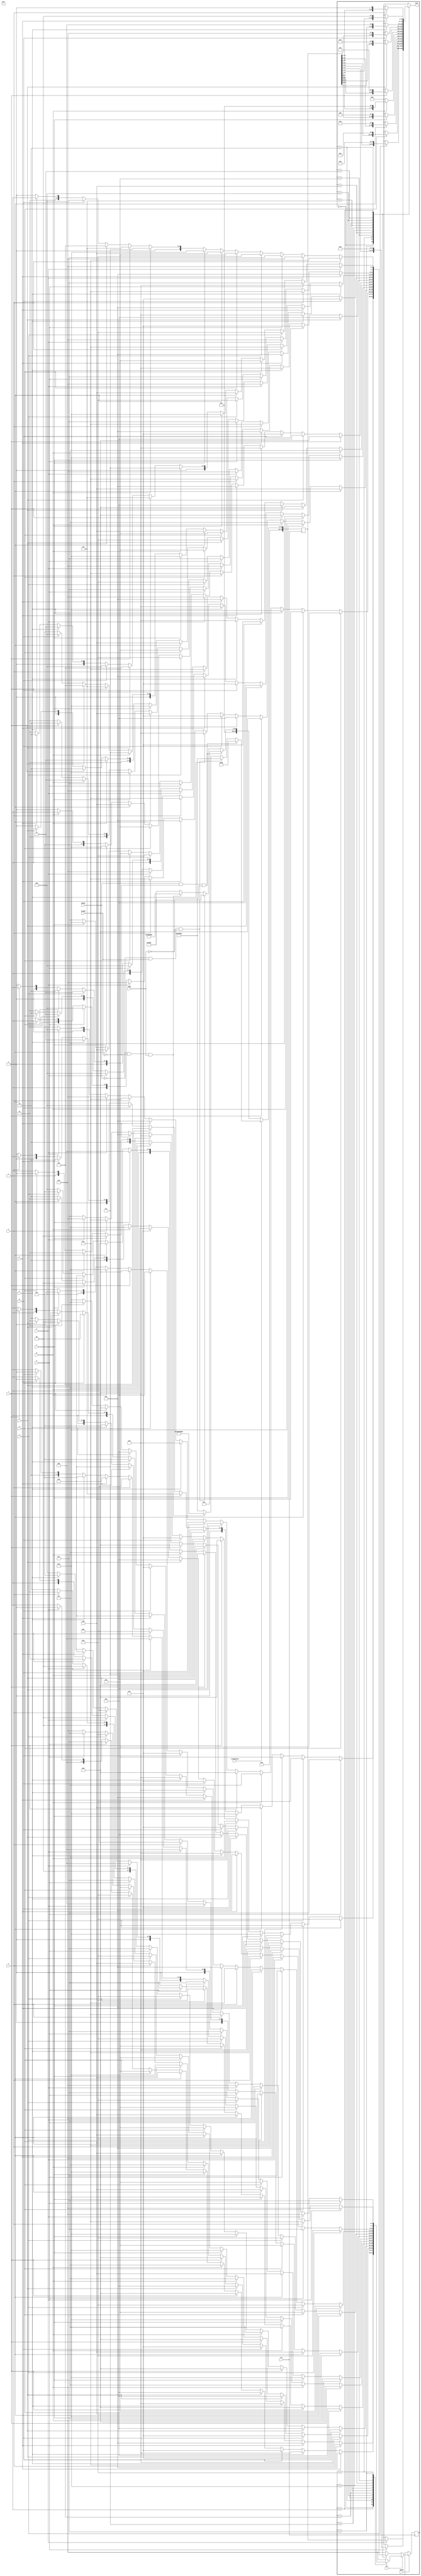
module KeyBoardInputToTone(a,s,d,f,g,h,j,k, w,e,t,y,u, clk, speed, tone, just, dir , bawah, tengah, high, transposed); 
    input a,s,d,f,g,h,j,k, w,e,t,y,u, dir, transposed;
    input clk, speed, bawah, tengah, high;
    output reg [13-1:0] just;
    // reg a_on, s_on, a_on, s_on, a_on, s_on, a_on, s_on, a_on, s_on, a_on, s_on, a_on, s_on,
    output reg [47-1:0] tone;

    reg [47-1:0] C4;
    
    parameter base_bawah = 46'b000_000_0000_0000_0000_0000_0000_0000_0000_0000_0000_0001;
    parameter base_tengah = 46'b000_000_0000_0000_0000_0000_0000_0000_0010_0000_0000_0000;
    parameter base_atas = 46'b000_000_0000_0000_0000_0010_0000_0000_0000_0000_0000_0000;

    parameter base_bawah_G = 46'b000_000_0000_0000_0000_0000_0000_0000_0000_0000_1000_0000;
    parameter base_tengah_G = 46'b000_000_0000_0000_0000_0000_0001_0000_0000_0000_0000_0000;
    parameter base_atas_G = 46'b000_000_0000_0001_0000_0000_0000_0000_0000_0000_0000_0000;
    
    parameter NoTone= 46'b000_000_0000_0000_0000_0000_0000_0000_0000_0000_0000_0000;

    always@(posedge clk)begin
        if(transposed) begin
            if(bawah && !tengah && !high) C4 <= base_bawah_G;
            else if(!bawah && tengah && !high) C4 <= base_tengah_G;
            else if(!bawah && !tengah && high) C4 <= base_atas_G;
            else C4 <= base_tengah_G;
        end else begin
            if(bawah && !tengah && !high) C4 <= base_bawah;
            else if(!bawah && tengah && !high) C4 <= base_tengah;
            else if(!bawah && !tengah && high) C4 <= base_atas;
            else C4 <= base_tengah;
        end
    end
    
    reg [4-1:0] state, nextstate;
    always@(posedge clk) begin
        if(speed) begin state <= nextstate; end
        else begin state <= state; end
    end
    //a,s,d,f,g,h,j,k, w,e,t,y,u
    //a,w,s,e,d,f,t,g,y,h,u,j,k
    parameter press_a = 4'd0; parameter press_f = 4'd5; parameter press_u = 4'd10;
    parameter press_w = 4'd1; parameter press_t = 4'd6; parameter press_j = 4'd11;
    parameter press_s = 4'd2; parameter press_g = 4'd7; parameter press_k = 4'd12;
    parameter press_e = 4'd3; parameter press_y = 4'd8;
    parameter press_d = 4'd4; parameter press_h = 4'd9;
    //a,w,s,e,d,f,t,g,y,h,u,j,k

    always@(*) begin
        if(dir) begin
            case (state)
                press_a : begin
                    if(a) tone = C4; else tone = NoTone;
                    if (w) begin
                        nextstate = press_w;
                    end else if (s) begin
                        nextstate = press_s;
                    end else if (e) begin
                        nextstate = press_e;
                    end else if (d) begin
                        nextstate = press_d;
                    end else if (f) begin
                        nextstate = press_f;
                    end else if (t) begin
                        nextstate = press_t;
                    end else if (g) begin
                        nextstate = press_g;
                    end else if (y) begin
                        nextstate = press_y;
                    end else if (h) begin
                        nextstate = press_h;
                    end else if (u) begin
                        nextstate = press_u;
                    end else if (j) begin
                        nextstate = press_j;
                    end else if (k) begin
                        nextstate = press_k;
                    end else nextstate = press_a;  
                end
                //a,w,s,e,d,f,t,g,y,h,u,j,k
                press_w : begin
                    if(w) tone = C4<<1; else tone = NoTone;
                    if (s) begin
                        nextstate = press_s;
                    end else if (e) begin
                        nextstate = press_e;
                    end else if (d) begin
                        nextstate = press_d;
                    end else if (f) begin
                        nextstate = press_f;
                    end else if (t) begin
                        nextstate = press_t;
                    end else if (g) begin
                        nextstate = press_g;
                    end else if (y) begin
                        nextstate = press_y;
                    end else if (h) begin
                        nextstate = press_h;
                    end else if (u) begin
                        nextstate = press_u;
                    end else if (j) begin
                        nextstate = press_j;
                    end else if (k) begin
                        nextstate = press_k;
                    end else if (a) begin
                        nextstate = press_a;
                    end else nextstate = press_w;  
                end
                //a,w,s,e,d,f,t,g,y,h,u,j,k
                press_s : begin
                    if(s) tone = C4<<2; else tone = NoTone;
                    if (e) begin
                        nextstate = press_e;
                    end else if (d) begin
                        nextstate = press_d;
                    end else if (f) begin
                        nextstate = press_f;
                    end else if (t) begin
                        nextstate = press_t;
                    end else if (g) begin
                        nextstate = press_g;
                    end else if (y) begin
                        nextstate = press_y;
                    end else if (h) begin
                        nextstate = press_h;
                    end else if (u) begin
                        nextstate = press_u;
                    end else if (j) begin
                        nextstate = press_j;
                    end else if (k) begin
                        nextstate = press_k;
                    end else if (a) begin
                        nextstate = press_a;
                    end else if (w) begin
                        nextstate = press_w;
                    end else nextstate = press_s;  
                end
                //a,w,s,e,d,f,t,g,y,h,u,j,k
                press_e : begin
                    if(e) tone = C4<<3; else tone = NoTone;
                    if (d) begin
                        nextstate = press_d;
                    end else if (f) begin
                        nextstate = press_f;
                    end else if (t) begin
                        nextstate = press_t;
                    end else if (g) begin
                        nextstate = press_g;
                    end else if (y) begin
                        nextstate = press_y;
                    end else if (h) begin
                        nextstate = press_h;
                    end else if (u) begin
                        nextstate = press_u;
                    end else if (j) begin
                        nextstate = press_j;
                    end else if (k) begin
                        nextstate = press_k;
                    end else if (a) begin
                        nextstate = press_a;
                    end else if (w) begin
                        nextstate = press_w;
                    end else if (s) begin
                        nextstate = press_s;
                    end else nextstate = press_e;  
                end

                //a,w,s,e,d,f,t,g,y,h,u,j,k
                press_d : begin
                    if(d) tone = C4<<4; else tone = NoTone;
                    if (f) begin
                        nextstate = press_f;
                    end else if (t) begin
                        nextstate = press_t;
                    end else if (g) begin
                        nextstate = press_g;
                    end else if (y) begin
                        nextstate = press_y;
                    end else if (h) begin
                        nextstate = press_h;
                    end else if (u) begin
                        nextstate = press_u;
                    end else if (j) begin
                        nextstate = press_j;
                    end else if (k) begin
                        nextstate = press_k;
                    end else if (a) begin
                        nextstate = press_a;
                    end else if (w) begin
                        nextstate = press_w;
                    end else if (s) begin
                        nextstate = press_s;
                    end else if (e) begin
                        nextstate = press_e;
                    end else nextstate = press_d;  
                end
                
                //a,w,s,e,d,f,t,g,y,h,u,j,k
                press_f : begin
                    if(f) tone = C4<<5; else tone = NoTone;
                    if (t) begin
                        nextstate = press_t;
                    end else if (g) begin
                        nextstate = press_g;
                    end else if (y) begin
                        nextstate = press_y;
                    end else if (h) begin
                        nextstate = press_h;
                    end else if (u) begin
                        nextstate = press_u;
                    end else if (j) begin
                        nextstate = press_j;
                    end else if (k) begin
                        nextstate = press_k;
                    end else if (a) begin
                        nextstate = press_a;
                    end else if (w) begin
                        nextstate = press_w;
                    end else if (s) begin
                        nextstate = press_s;
                    end else if (e) begin
                        nextstate = press_e;
                    end else if (d) begin
                        nextstate = press_d;
                    end else nextstate = press_f;  
                end
                //a,w,s,e,d,f,t,g,y,h,u,j,k
                press_t : begin
                    if(t) tone = C4<<6; else tone = NoTone;
                    if (g) begin
                        nextstate = press_g;
                    end else if (y) begin
                        nextstate = press_y;
                    end else if (h) begin
                        nextstate = press_h;
                    end else if (u) begin
                        nextstate = press_u;
                    end else if (j) begin
                        nextstate = press_j;
                    end else if (k) begin
                        nextstate = press_k;
                    end else if (a) begin
                        nextstate = press_a;
                    end else if (w) begin
                        nextstate = press_w;
                    end else if (s) begin
                        nextstate = press_s;
                    end else if (e) begin
                        nextstate = press_e;
                    end else if (d) begin
                        nextstate = press_d;
                    end else if (f) begin
                        nextstate = press_f;
                    end else nextstate = press_t;
                end
                //a,w,s,e,d,f,t,g,y,h,u,j,k
                press_g : begin
                    if(g) tone = C4<<7; else tone = NoTone;
                    if (y) begin
                        nextstate = press_y;
                    end else if (h) begin
                        nextstate = press_h;
                    end else if (u) begin
                        nextstate = press_u;
                    end else if (j) begin
                        nextstate = press_j;
                    end else if (k) begin
                        nextstate = press_k;
                    end else if (a) begin
                        nextstate = press_a;
                    end else if (w) begin
                        nextstate = press_w;
                    end else if (s) begin
                        nextstate = press_s;
                    end else if (e) begin
                        nextstate = press_e;
                    end else if (d) begin
                        nextstate = press_d;
                    end else if (f) begin
                        nextstate = press_f;
                    end else if (t) begin 
                        nextstate = press_t;
                    end else nextstate = press_g;
                end

                //a,w,s,e,d,f,t,g,y,h,u,j,k
                press_y : begin
                    if(y) tone = C4<<8; else tone = NoTone;
                    if (h) begin
                        nextstate = press_h;
                    end else if (u) begin
                        nextstate = press_u;
                    end else if (j) begin
                        nextstate = press_j;
                    end else if (k) begin
                        nextstate = press_k;
                    end else if (a) begin
                        nextstate = press_a;
                    end else if (w) begin
                        nextstate = press_w;
                    end else if (s) begin
                        nextstate = press_s;
                    end else if (e) begin
                        nextstate = press_e;
                    end else if (d) begin
                        nextstate = press_d;
                    end else if (f) begin
                        nextstate = press_f;
                    end else if (t) begin 
                        nextstate = press_t;
                    end else if (g) begin
                        nextstate = press_g;
                    end else nextstate = press_y; 
                end
                //a,w,s,e,d,f,t,g,y,h,u,j,k
                press_h : begin
                    if(h) tone = C4<<9; else tone = NoTone;
                    if (u) begin
                        nextstate = press_u;
                    end else if (j) begin
                        nextstate = press_j;
                    end else if (k) begin
                        nextstate = press_k;
                    end else if (a) begin
                        nextstate = press_a;
                    end else if (w) begin
                        nextstate = press_w;
                    end else if (s) begin
                        nextstate = press_s;
                    end else if (e) begin
                        nextstate = press_e;
                    end else if (d) begin
                        nextstate = press_d;
                    end else if (f) begin
                        nextstate = press_f;
                    end else if (t) begin 
                        nextstate = press_t;
                    end else if (g) begin
                        nextstate = press_g;
                    end else if (y) begin 
                        nextstate = press_y;
                    end else nextstate = press_h; 
                end

                //a,w,s,e,d,f,t,g,y,h,u,j,k
                press_u : begin
                    if(u) tone = C4<<10; else tone = NoTone;
                    if (j) begin
                        nextstate = press_j;
                    end else if (k) begin
                        nextstate = press_k;
                    end else if (a) begin
                        nextstate = press_a;
                    end else if (w) begin
                        nextstate = press_w;
                    end else if (s) begin
                        nextstate = press_s;
                    end else if (e) begin
                        nextstate = press_e;
                    end else if (d) begin
                        nextstate = press_d;
                    end else if (f) begin
                        nextstate = press_f;
                    end else if (t) begin 
                        nextstate = press_t;
                    end else if (g) begin
                        nextstate = press_g;
                    end else if (y) begin 
                        nextstate = press_y;
                    end else if (h) begin
                        nextstate = press_h; 
                    end else nextstate = press_u;
                end

                //a,w,s,e,d,f,t,g,y,h,u,j,k
                press_j : begin
                    if(j) tone = C4<<11; else tone = NoTone;
                    if (k) begin
                        nextstate = press_k;
                    end else if (a) begin
                        nextstate = press_a;
                    end else if (w) begin
                        nextstate = press_w;
                    end else if (s) begin
                        nextstate = press_s;
                    end else if (e) begin
                        nextstate = press_e;
                    end else if (d) begin
                        nextstate = press_d;
                    end else if (f) begin
                        nextstate = press_f;
                    end else if (t) begin 
                        nextstate = press_t;
                    end else if (g) begin
                        nextstate = press_g;
                    end else if (y) begin 
                        nextstate = press_y;
                    end else if (h) begin
                        nextstate = press_h; 
                    end else if (u) begin
                        nextstate = press_u;
                    end else nextstate = press_j;
                end
                
                //a,w,s,e,d,f,t,g,y,h,u,j,k
                press_k : begin
                    if(k) tone = C4<<12; else tone = NoTone;
                    if (a) begin
                        nextstate = press_a;
                    end else if (w) begin
                        nextstate = press_w;
                    end else if (s) begin
                        nextstate = press_s;
                    end else if (e) begin
                        nextstate = press_e;
                    end else if (d) begin
                        nextstate = press_d;
                    end else if (f) begin
                        nextstate = press_f;
                    end else if (t) begin 
                        nextstate = press_t;
                    end else if (g) begin
                        nextstate = press_g;
                    end else if (y) begin 
                        nextstate = press_y;
                    end else if (h) begin
                        nextstate = press_h; 
                    end else if (u) begin
                        nextstate = press_u;
                    end else if (j) begin
                        nextstate = press_j;
                    end else nextstate = press_k;
                end
                default: begin
                    nextstate = press_a;
                    tone = NoTone;
                end
            endcase
        end else begin
            case(state)
                //a,w,s,e,d,f,t,g,y,h,u,j,k
                press_a : begin
                    if(a) tone = C4; else tone = NoTone;
                    //write it in reverse order
                    if (k) begin
                        nextstate = press_k;
                    end else if (j) begin
                        nextstate = press_j;
                    end else if (u) begin
                        nextstate = press_u;
                    end else if (h) begin
                        nextstate = press_h;
                    end else if (y) begin
                        nextstate = press_y;
                    end else if (g) begin
                        nextstate = press_g;
                    end else if (t) begin 
                        nextstate = press_t;
                    end else if (f) begin
                        nextstate = press_f;
                    end else if (d) begin
                        nextstate = press_d;
                    end else if (e) begin
                        nextstate = press_e;
                    end else if (s) begin
                        nextstate = press_s;
                    end else if (w) begin
                        nextstate = press_w;
                    end else nextstate = press_a;
                end
                //a,w,s,e,d,f,t,g,y,h,u,j,k
                press_k: begin
                    if(k) tone = C4 << 12; else tone = NoTone;
                    if (j) begin
                        nextstate = press_j;
                    end else if (u) begin
                        nextstate = press_u;
                    end else if (h) begin
                        nextstate = press_h;
                    end else if (y) begin
                        nextstate = press_y;
                    end else if (g) begin
                        nextstate = press_g;
                    end else if (t) begin 
                        nextstate = press_t;
                    end else if (f) begin
                        nextstate = press_f;
                    end else if (d) begin
                        nextstate = press_d;
                    end else if (e) begin
                        nextstate = press_e;
                    end else if (s) begin
                        nextstate = press_s;
                    end else if (w) begin
                        nextstate = press_w;
                    end else if (a) begin
                        nextstate = press_a;
                    end else nextstate = press_k;
                end

                //a,w,s,e,d,f,t,g,y,h,u,j,k
                press_j: begin
                    if(j) tone = C4 << 11; else tone = NoTone;
                    if (u) begin
                        nextstate = press_u;
                    end else if (h) begin
                        nextstate = press_h;
                    end else if (y) begin
                        nextstate = press_y;
                    end else if (g) begin
                        nextstate = press_g;
                    end else if (t) begin 
                        nextstate = press_t;
                    end else if (f) begin
                        nextstate = press_f;
                    end else if (d) begin
                        nextstate = press_d;
                    end else if (e) begin
                        nextstate = press_e;
                    end else if (s) begin
                        nextstate = press_s;
                    end else if (w) begin
                        nextstate = press_w;
                    end else if (a) begin
                        nextstate = press_a;
                    end else if (k) begin
                        nextstate = press_k;
                    end else nextstate = press_j;
                end

                //a,w,s,e,d,f,t,g,y,h,u,j,k
                press_u: begin
                    if(u) tone = C4 << 10; else tone = NoTone;
                    if (h) begin
                        nextstate = press_h;
                    end else if (y) begin
                        nextstate = press_y;
                    end else if (g) begin
                        nextstate = press_g;
                    end else if (t) begin 
                        nextstate = press_t;
                    end else if (f) begin
                        nextstate = press_f;
                    end else if (d) begin
                        nextstate = press_d;
                    end else if (e) begin
                        nextstate = press_e;
                    end else if (s) begin
                        nextstate = press_s;
                    end else if (w) begin
                        nextstate = press_w;
                    end else if (a) begin
                        nextstate = press_a;
                    end else if (k) begin
                        nextstate = press_k;
                    end else if (j) begin
                        nextstate = press_j;
                    end else nextstate = press_u;
                end

                //a,w,s,e,d,f,t,g,y,h,u,j,k

                press_h: begin
                    if(h) tone = C4 << 9; else tone = NoTone;
                    if (y) begin
                        nextstate = press_y;
                    end else if (g) begin
                        nextstate = press_g;
                    end else if (t) begin 
                        nextstate = press_t;
                    end else if (f) begin
                        nextstate = press_f;
                    end else if (d) begin
                        nextstate = press_d;
                    end else if (e) begin
                        nextstate = press_e;
                    end else if (s) begin
                        nextstate = press_s;
                    end else if (w) begin
                        nextstate = press_w;
                    end else if (a) begin
                        nextstate = press_a;
                    end else if (k) begin
                        nextstate = press_k;
                    end else if (j) begin
                        nextstate = press_j;
                    end else if (u) begin
                        nextstate = press_u;
                    end else nextstate = press_h;
                end

                //a,w,s,e,d,f,t,g,y,h,u,j,k
                press_y: begin
                    if(y) tone = C4 << 8; else tone = NoTone;
                    if (g) begin
                        nextstate = press_g;
                    end else if (t) begin 
                        nextstate = press_t;
                    end else if (f) begin
                        nextstate = press_f;
                    end else if (d) begin
                        nextstate = press_d;
                    end else if (e) begin
                        nextstate = press_e;
                    end else if (s) begin
                        nextstate = press_s;
                    end else if (w) begin
                        nextstate = press_w;
                    end else if (a) begin
                        nextstate = press_a;
                    end else if (k) begin
                        nextstate = press_k;
                    end else if (j) begin
                        nextstate = press_j;
                    end else if (u) begin
                        nextstate = press_u;
                    end else if (h) begin
                        nextstate = press_h;
                    end else nextstate = press_y;
                end

                //a,w,s,e,d,f,t,g,y,h,u,j,k
                press_g: begin
                    if(g) tone = C4 << 7; else tone = NoTone;
                    if (t) begin 
                        nextstate = press_t;
                    end else if (f) begin
                        nextstate = press_f;
                    end else if (d) begin
                        nextstate = press_d;
                    end else if (e) begin
                        nextstate = press_e;
                    end else if (s) begin
                        nextstate = press_s;
                    end else if (w) begin
                        nextstate = press_w;
                    end else if (a) begin
                        nextstate = press_a;
                    end else if (k) begin
                        nextstate = press_k;
                    end else if (j) begin
                        nextstate = press_j;
                    end else if (u) begin
                        nextstate = press_u;
                    end else if (h) begin
                        nextstate = press_h;
                    end else if (y) begin
                        nextstate = press_y;
                    end else nextstate = press_g;
                end

                //a,w,s,e,d,f,t,g,y,h,u,j,k
                press_t: begin
                    if(t) tone = C4 << 6; else tone = NoTone;
                    if (f) begin
                        nextstate = press_f;
                    end else if (d) begin
                        nextstate = press_d;
                    end else if (e) begin
                        nextstate = press_e;
                    end else if (s) begin
                        nextstate = press_s;
                    end else if (w) begin
                        nextstate = press_w;
                    end else if (a) begin
                        nextstate = press_a;
                    end else if (k) begin
                        nextstate = press_k;
                    end else if (j) begin
                        nextstate = press_j;
                    end else if (u) begin
                        nextstate = press_u;
                    end else if (h) begin
                        nextstate = press_h;
                    end else if (y) begin
                        nextstate = press_y;
                    end else if (g) begin
                        nextstate = press_g;
                    end else nextstate = press_t;
                end

                //a,w,s,e,d,f,t,g,y,h,u,j,k
                press_f: begin
                    if(f) tone = C4 << 5; else tone = NoTone;
                    if (d) begin
                        nextstate = press_d;
                    end else if (e) begin
                        nextstate = press_e;
                    end else if (s) begin
                        nextstate = press_s;
                    end else if (w) begin
                        nextstate = press_w;
                    end else if (a) begin
                        nextstate = press_a;
                    end else if (k) begin
                        nextstate = press_k;
                    end else if (j) begin
                        nextstate = press_j;
                    end else if (u) begin
                        nextstate = press_u;
                    end else if (h) begin
                        nextstate = press_h;
                    end else if (y) begin
                        nextstate = press_y;
                    end else if (g) begin
                        nextstate = press_g;
                    end else if (t) begin 
                        nextstate = press_t;
                    end else nextstate = press_f;
                end

                //a,w,s,e,d,f,t,g,y,h,u,j,k
                press_d: begin
                    if(d) tone = C4 << 4; else tone = NoTone;
                    if (e) begin
                        nextstate = press_e;
                    end else if (s) begin
                        nextstate = press_s;
                    end else if (w) begin
                        nextstate = press_w;
                    end else if (a) begin
                        nextstate = press_a;
                    end else if (k) begin
                        nextstate = press_k;
                    end else if (j) begin
                        nextstate = press_j;
                    end else if (u) begin
                        nextstate = press_u;
                    end else if (h) begin
                        nextstate = press_h;
                    end else if (y) begin
                        nextstate = press_y;
                    end else if (g) begin
                        nextstate = press_g;
                    end else if (t) begin 
                        nextstate = press_t;
                    end else if (f) begin
                        nextstate = press_f;
                    end else nextstate = press_d;
                end

                //a,w,s,e,d,f,t,g,y,h,u,j,k
                press_e: begin
                    if(e) tone = C4 << 3; else tone = NoTone;
                    if (s) begin
                        nextstate = press_s;
                    end else if (w) begin
                        nextstate = press_w;
                    end else if (a) begin
                        nextstate = press_a;
                    end else if (k) begin
                        nextstate = press_k;
                    end else if (j) begin
                        nextstate = press_j;
                    end else if (u) begin
                        nextstate = press_u;
                    end else if (h) begin
                        nextstate = press_h;
                    end else if (y) begin
                        nextstate = press_y;
                    end else if (g) begin
                        nextstate = press_g;
                    end else if (t) begin 
                        nextstate = press_t;
                    end else if (f) begin
                        nextstate = press_f;
                    end else if (d) begin
                        nextstate = press_d;
                    end else nextstate = press_e;
                end

                //a,w,s,e,d,f,t,g,y,h,u,j,k
                press_s: begin
                    if(s) tone = C4 << 2; else tone = NoTone;
                    if (w) begin
                        nextstate = press_w;
                    end else if (a) begin
                        nextstate = press_a;
                    end else if (k) begin
                        nextstate = press_k;
                    end else if (j) begin
                        nextstate = press_j;
                    end else if (u) begin
                        nextstate = press_u;
                    end else if (h) begin
                        nextstate = press_h;
                    end else if (y) begin
                        nextstate = press_y;
                    end else if (g) begin
                        nextstate = press_g;
                    end else if (t) begin 
                        nextstate = press_t;
                    end else if (f) begin
                        nextstate = press_f;
                    end else if (d) begin
                        nextstate = press_d;
                    end else if (e) begin
                        nextstate = press_e;
                    end else nextstate = press_s;
                end

                //a,w,s,e,d,f,t,g,y,h,u,j,k
                press_w: begin
                    if(w) tone = C4 << 1; else tone = NoTone;
                    if (a) begin
                        nextstate = press_a;
                    end else if (k) begin
                        nextstate = press_k;
                    end else if (j) begin
                        nextstate = press_j;
                    end else if (u) begin
                        nextstate = press_u;
                    end else if (h) begin
                        nextstate = press_h;
                    end else if (y) begin
                        nextstate = press_y;
                    end else if (g) begin
                        nextstate = press_g;
                    end else if (t) begin 
                        nextstate = press_t;
                    end else if (f) begin
                        nextstate = press_f;
                    end else if (d) begin
                        nextstate = press_d;
                    end else if (e) begin
                        nextstate = press_e;
                    end else if (s) begin
                        nextstate = press_s;
                    end else nextstate = press_w;
                end

                //a,w,s,e,d,f,t,g,y,h,u,j,k
                default: begin
                    nextstate = press_a;
                    tone = NoTone;
                end
            endcase
        end
    end
endmodule


module KeyBoardInputToTonetoingtoing(a,s,d,f,g,h,j,k, w,e,t,y,u, clk, speed, tone, just, reset, bawah, tengah, high, transposed); 
    input a,s,d,f,g,h,j,k, w,e,t,y,u,reset, transposed;
    input clk, speed, bawah, tengah, high;
    output reg [13-1:0] just;
    // reg a_on, s_on, a_on, s_on, a_on, s_on, a_on, s_on, a_on, s_on, a_on, s_on, a_on, s_on,
    output reg [47-1:0] tone;

    reg [47-1:0] C4;
    parameter base_bawah = 46'b000_000_0000_0000_0000_0000_0000_0000_0000_0000_0000_0001;
    parameter base_tengah = 46'b000_000_0000_0000_0000_0000_0000_0000_0010_0000_0000_0000;
    parameter base_atas = 46'b000_000_0000_0000_0000_0010_0000_0000_0000_0000_0000_0000;

    parameter base_bawah_G = 46'b000_000_0000_0000_0000_0000_0000_0000_0000_0000_1000_0000;
    parameter base_tengah_G = 46'b000_000_0000_0000_0000_0000_0001_0000_0000_0000_0000_0000;
    parameter base_atas_G = 46'b000_000_0000_0001_0000_0000_0000_0000_0000_0000_0000_0000;
    
    parameter NoTone= 46'b000_000_0000_0000_0000_0000_0000_0000_0000_0000_0000_0000;

    always@(posedge clk)begin
        if(transposed) begin
            if(bawah && !tengah && !high) C4 <= base_bawah_G;
            else if(!bawah && tengah && !high) C4 <= base_tengah_G;
            else if(!bawah && !tengah && high) C4 <= base_atas_G;
            else C4 <= base_tengah_G;
        end else begin
            if(bawah && !tengah && !high) C4 <= base_bawah;
            else if(!bawah && tengah && !high) C4 <= base_tengah;
            else if(!bawah && !tengah && high) C4 <= base_atas;
            else C4 <= base_tengah;
        end
    end
    
    
    reg dir, nextdir;
    reg [4-1:0] state, nextstate;
    always@(posedge clk) begin
        if(clk) begin
            dir <= nextdir;
        end else begin
            dir <= dir;
        end
        if(speed) begin state <= nextstate; end
        else begin state <= state;end
    end
    //a,s,d,f,g,h,j,k, w,e,t,y,u
    //a,w,s,e,d,f,t,g,y,h,u,j,k
    parameter press_a = 4'd0; parameter press_f = 4'd5; parameter press_u = 4'd10;
    parameter press_w = 4'd1; parameter press_t = 4'd6; parameter press_j = 4'd11;
    parameter press_s = 4'd2; parameter press_g = 4'd7; parameter press_k = 4'd12;
    parameter press_e = 4'd3; parameter press_y = 4'd8;
    parameter press_d = 4'd4; parameter press_h = 4'd9;
    //a,w,s,e,d,f,t,g,y,h,u,j,k

    // reg nextdir;

    always@(*) begin
        if(reset)begin
            nextdir = 1'd1;
        end else begin
            nextdir = dir;
        end

        //a,w,s,e,d,f,t,g,y,h,u,j,k

        if(dir) begin
            case (state)
                press_a : begin
                    if(a) tone = C4; else tone = NoTone;
                    if (w) begin
                        nextstate = press_w;
                    end else if (s) begin
                        nextstate = press_s;
                    end else if (e) begin
                        nextstate = press_e;
                    end else if (d) begin
                        nextstate = press_d;
                    end else if (f) begin
                        nextstate = press_f;
                    end else if (t) begin
                        nextstate = press_t;
                    end else if (g) begin
                        nextstate = press_g;
                    end else if (y) begin
                        nextstate = press_y;
                    end else if (h) begin
                        nextstate = press_h;
                    end else if (u) begin
                        nextstate = press_u;
                    end else if (j) begin
                        nextstate = press_j;
                    end else if (k) begin
                        nextstate = press_k;
                    // end else if (a) begin
                    //     nextstate = press_a;
                    end else nextdir = 1'd0;
                end
                //a,w,s,e,d,f,t,g,y,h,u,j,k
                press_w : begin
                    if(w) tone = C4<<1; else tone = NoTone;
                    if (s) begin
                        nextstate = press_s;
                    end else if (e) begin
                        nextstate = press_e;
                    end else if (d) begin
                        nextstate = press_d;
                    end else if (f) begin
                        nextstate = press_f;
                    end else if (t) begin
                        nextstate = press_t;
                    end else if (g) begin
                        nextstate = press_g;
                    end else if (y) begin
                        nextstate = press_y;
                    end else if (h) begin
                        nextstate = press_h;
                    end else if (u) begin
                        nextstate = press_u;
                    end else if (j) begin
                        nextstate = press_j;
                    end else if (k) begin
                        nextstate = press_k;
                    // end else if (w) begin
                    //     nextstate = press_w;
                    end else nextdir = 1'd0;
                end
                //a,w,s,e,d,f,t,g,y,h,u,j,k
                press_s : begin
                    if(s) tone = C4<<2; else tone = NoTone;
                    if (e) begin
                        nextstate = press_e;
                    end else if (d) begin
                        nextstate = press_d;
                    end else if (f) begin
                        nextstate = press_f;
                    end else if (t) begin
                        nextstate = press_t;
                    end else if (g) begin
                        nextstate = press_g;
                    end else if (y) begin
                        nextstate = press_y;
                    end else if (h) begin
                        nextstate = press_h;
                    end else if (u) begin
                        nextstate = press_u;
                    end else if (j) begin
                        nextstate = press_j;
                    end else if (k) begin
                        nextstate = press_k;
                    // end else if (s) begin
                    //     nextstate = press_s;
                    end else nextdir = 1'd0;
                end
                //a,w,s,e,d,f,t,g,y,h,u,j,k
                press_e : begin
                    if(e) tone = C4<<3; else tone = NoTone;
                    if (d) begin
                        nextstate = press_d;
                    end else if (f) begin
                        nextstate = press_f;
                    end else if (t) begin
                        nextstate = press_t;
                    end else if (g) begin
                        nextstate = press_g;
                    end else if (y) begin
                        nextstate = press_y;
                    end else if (h) begin
                        nextstate = press_h;
                    end else if (u) begin
                        nextstate = press_u;
                    end else if (j) begin
                        nextstate = press_j;
                    end else if (k) begin
                        nextstate = press_k;
                    // end else if (e) begin
                    //     nextstate = press_e;
                    end else nextdir = 1'd0;
                end

                //a,w,s,e,d,f,t,g,y,h,u,j,k
                press_d : begin
                    if(d) tone = C4<<4; else tone = NoTone;
                    if (f) begin
                        nextstate = press_f;
                    end else if (t) begin
                        nextstate = press_t;
                    end else if (g) begin
                        nextstate = press_g;
                    end else if (y) begin
                        nextstate = press_y;
                    end else if (h) begin
                        nextstate = press_h;
                    end else if (u) begin
                        nextstate = press_u;
                    end else if (j) begin
                        nextstate = press_j;
                    end else if (k) begin
                        nextstate = press_k;
                    // end else if (d) begin
                    //     nextstate = press_d;
                    end else nextdir = 1'd0;
                end
                
                //a,w,s,e,d,f,t,g,y,h,u,j,k
                press_f : begin
                    if(f) tone = C4<<5; else tone = NoTone;
                    if (t) begin
                        nextstate = press_t;
                    end else if (g) begin
                        nextstate = press_g;
                    end else if (y) begin
                        nextstate = press_y;
                    end else if (h) begin
                        nextstate = press_h;
                    end else if (u) begin
                        nextstate = press_u;
                    end else if (j) begin
                        nextstate = press_j;
                    end else if (k) begin
                        nextstate = press_k;
                    // end else if (f) begin
                    //     nextstate = press_f;
                    end else nextdir = 1'd0;
                end
                //a,w,s,e,d,f,t,g,y,h,u,j,k
                press_t : begin
                    if(t) tone = C4<<6; else tone = NoTone;
                    if (g) begin
                        nextstate = press_g;
                    end else if (y) begin
                        nextstate = press_y;
                    end else if (h) begin
                        nextstate = press_h;
                    end else if (u) begin
                        nextstate = press_u;
                    end else if (j) begin
                        nextstate = press_j;
                    end else if (k) begin
                        nextstate = press_k;
                    // end else if (t) begin
                    //     nextstate = press_t;
                    end else nextdir = 1'd0;
                end
                //a,w,s,e,d,f,t,g,y,h,u,j,k
                press_g : begin
                    if(g) tone = C4<<7; else tone = NoTone;
                    if (y) begin
                        nextstate = press_y;
                    end else if (h) begin
                        nextstate = press_h;
                    end else if (u) begin
                        nextstate = press_u;
                    end else if (j) begin
                        nextstate = press_j;
                    end else if (k) begin
                        nextstate = press_k;
                    // end else if (g) begin
                    //     nextstate = press_g;
                    end else nextdir = 1'd0;
                end

                //a,w,s,e,d,f,t,g,y,h,u,j,k
                press_y : begin
                    if(y) tone = C4<<8; else tone = NoTone;
                    if (h) begin
                        nextstate = press_h;
                    end else if (u) begin
                        nextstate = press_u;
                    end else if (j) begin
                        nextstate = press_j;
                    end else if (k) begin
                        nextstate = press_k;
                    // end else if (y) begin
                    //     nextstate = press_y;
                    end else nextdir = 1'd0;
                end
                //a,w,s,e,d,f,t,g,y,h,u,j,k
                press_h : begin
                    if(h) tone = C4<<9; else tone = NoTone;
                    if (u) begin
                        nextstate = press_u;
                    end else if (j) begin
                        nextstate = press_j;
                    end else if (k) begin
                        nextstate = press_k;
                    // end else if (h) begin
                    //     nextstate = press_h;
                    end else nextdir = 1'd0;
                end

                //a,w,s,e,d,f,t,g,y,h,u,j,k
                press_u : begin
                    if(u) tone = C4<<10; else tone = NoTone;
                    if (j) begin
                        nextstate = press_j;
                    end else if (k) begin
                        nextstate = press_k;
                    // end else if (u) begin
                    //     nextstate = press_u;
                    end else nextdir = 1'd0;
                end

                //a,w,s,e,d,f,t,g,y,h,u,j,k
                press_j : begin
                    if(j) tone = C4<<11; else tone = NoTone;
                    if (k) begin
                        nextstate = press_k;
                    // end else if (j) begin
                    //     nextstate = press_j;
                    end else nextdir = 1'd0;
                end
                
                //a,w,s,e,d,f,t,g,y,h,u,j,k
                press_k : begin
                    if(k) tone = C4<<12; else tone = NoTone;
                    nextdir = 1'd0;
                end
                default: begin
                    nextstate = press_a;
                    tone = NoTone;
                    nextdir = 1'd0;
                end
            endcase


// garis suci =================================================================
// garis suci =================================================================
// garis suci =================================================================
// garis suci =================================================================
// garis suci =================================================================



        end else begin
            case(state)
                //a,w,s,e,d,f,t,g,y,h,u,j,k
                press_a : begin
                    if(a) tone = C4; else tone = NoTone;
                    nextdir = 1'd1;
                end
                //a,w,s,e,d,f,t,g,y,h,u,j,k
                press_k: begin
                    if(k) tone = C4 << 12; else tone = NoTone;
                    if (j) begin
                        nextstate = press_j;
                    end else if (u) begin
                        nextstate = press_u;
                    end else if (h) begin
                        nextstate = press_h;
                    end else if (y) begin
                        nextstate = press_y;
                    end else if (g) begin
                        nextstate = press_g;
                    end else if (t) begin 
                        nextstate = press_t;
                    end else if (f) begin
                        nextstate = press_f;
                    end else if (d) begin
                        nextstate = press_d;
                    end else if (e) begin
                        nextstate = press_e;
                    end else if (s) begin
                        nextstate = press_s;
                    end else if (w) begin
                        nextstate = press_w;
                    end else if (a) begin
                        nextstate = press_a;
                    // end else if (k) begin
                    //     nextstate = press_k;
                    end else nextdir = 1'd1;
                end

                //a,w,s,e,d,f,t,g,y,h,u,j,k
                press_j: begin
                    if(j) tone = C4 << 11; else tone = NoTone;
                    if (u) begin
                        nextstate = press_u;
                    end else if (h) begin
                        nextstate = press_h;
                    end else if (y) begin
                        nextstate = press_y;
                    end else if (g) begin
                        nextstate = press_g;
                    end else if (t) begin 
                        nextstate = press_t;
                    end else if (f) begin
                        nextstate = press_f;
                    end else if (d) begin
                        nextstate = press_d;
                    end else if (e) begin
                        nextstate = press_e;
                    end else if (s) begin
                        nextstate = press_s;
                    end else if (w) begin
                        nextstate = press_w;
                    end else if (a) begin
                        nextstate = press_a;
                    // end else if (j) begin
                    //     nextstate = press_j;
                    end else nextdir = 1'd1;
                end

                //a,w,s,e,d,f,t,g,y,h,u,j,k
                press_u: begin
                    if(u) tone = C4 << 10; else tone = NoTone;
                    if (h) begin
                        nextstate = press_h;
                    end else if (y) begin
                        nextstate = press_y;
                    end else if (g) begin
                        nextstate = press_g;
                    end else if (t) begin 
                        nextstate = press_t;
                    end else if (f) begin
                        nextstate = press_f;
                    end else if (d) begin
                        nextstate = press_d;
                    end else if (e) begin
                        nextstate = press_e;
                    end else if (s) begin
                        nextstate = press_s;
                    end else if (w) begin
                        nextstate = press_w;
                    end else if (a) begin
                        nextstate = press_a;
                    // end else if (u) begin
                    //     nextstate = press_u;
                    end else nextdir = 1'd1;
                end

                //a,w,s,e,d,f,t,g,y,h,u,j,k

                press_h: begin
                    if(h) tone = C4 << 9; else tone = NoTone;
                    if (y) begin
                        nextstate = press_y;
                    end else if (g) begin
                        nextstate = press_g;
                    end else if (t) begin 
                        nextstate = press_t;
                    end else if (f) begin
                        nextstate = press_f;
                    end else if (d) begin
                        nextstate = press_d;
                    end else if (e) begin
                        nextstate = press_e;
                    end else if (s) begin
                        nextstate = press_s;
                    end else if (w) begin
                        nextstate = press_w;
                    end else if (a) begin
                        nextstate = press_a;
                    // end else if (h) begin
                    //     nextstate = press_h;
                    end else nextdir = 1'd1;
                end

                //a,w,s,e,d,f,t,g,y,h,u,j,k
                press_y: begin
                    if(y) tone = C4 << 8; else tone = NoTone;
                    if (g) begin
                        nextstate = press_g;
                    end else if (t) begin 
                        nextstate = press_t;
                    end else if (f) begin
                        nextstate = press_f;
                    end else if (d) begin
                        nextstate = press_d;
                    end else if (e) begin
                        nextstate = press_e;
                    end else if (s) begin
                        nextstate = press_s;
                    end else if (w) begin
                        nextstate = press_w;
                    end else if (a) begin
                        nextstate = press_a;
                    // end else if (y) begin
                    //     nextstate = press_y;
                    end else nextdir = 1'd1;
                end

                //a,w,s,e,d,f,t,g,y,h,u,j,k
                press_g: begin
                    if(g) tone = C4 << 7; else tone = NoTone;
                    if (t) begin 
                        nextstate = press_t;
                    end else if (f) begin
                        nextstate = press_f;
                    end else if (d) begin
                        nextstate = press_d;
                    end else if (e) begin
                        nextstate = press_e;
                    end else if (s) begin
                        nextstate = press_s;
                    end else if (w) begin
                        nextstate = press_w;
                    end else if (a) begin
                        nextstate = press_a;
                    // end else if (g) begin
                    //     nextstate = press_g;
                    end else nextdir = 1'd1;
                end

                //a,w,s,e,d,f,t,g,y,h,u,j,k
                press_t: begin
                    if(t) tone = C4 << 6; else tone = NoTone;
                    if (f) begin
                        nextstate = press_f;
                    end else if (d) begin
                        nextstate = press_d;
                    end else if (e) begin
                        nextstate = press_e;
                    end else if (s) begin
                        nextstate = press_s;
                    end else if (w) begin
                        nextstate = press_w;
                    end else if (a) begin
                        nextstate = press_a;
                    // end else if (t) begin
                    //     nextstate = press_t;
                    end else nextdir = 1'd1;
                end

                //a,w,s,e,d,f,t,g,y,h,u,j,k
                press_f: begin
                    if(f) tone = C4 << 5; else tone = NoTone;
                    if (d) begin
                        nextstate = press_d;
                    end else if (e) begin
                        nextstate = press_e;
                    end else if (s) begin
                        nextstate = press_s;
                    end else if (w) begin
                        nextstate = press_w;
                    end else if (a) begin
                        nextstate = press_a;
                    // end else if (f) begin
                    //     nextstate = press_f;
                    end else nextdir = 1'd1;
                end

                //a,w,s,e,d,f,t,g,y,h,u,j,k
                press_d: begin
                    if(d) tone = C4 << 4; else tone = NoTone;
                    if (e) begin
                        nextstate = press_e;
                    end else if (s) begin
                        nextstate = press_s;
                    end else if (w) begin
                        nextstate = press_w;
                    end else if (a) begin
                        nextstate = press_a;
                    // end else if (d) begin
                    //     nextstate = press_d;
                    end else nextdir = 1'd1;
                end

                //a,w,s,e,d,f,t,g,y,h,u,j,k
                press_e: begin
                    if(e) tone = C4 << 3; else tone = NoTone;
                    if (s) begin
                        nextstate = press_s;
                    end else if (w) begin
                        nextstate = press_w;
                    end else if (a) begin
                        nextstate = press_a;
                    // end else if (e) begin
                    //     nextstate = press_e;
                    end else nextdir = 1'd1;
                end

                //a,w,s,e,d,f,t,g,y,h,u,j,k
                press_s: begin
                    if(s) tone = C4 << 2; else tone = NoTone;
                    if (w) begin
                        nextstate = press_w;
                    end else if (a) begin
                        nextstate = press_a;
                    // end else if (s) begin
                    //     nextstate = press_s;
                    end else nextdir = 1'd1;
                end

                //a,w,s,e,d,f,t,g,y,h,u,j,k
                press_w: begin
                    if(w) tone = C4 << 1; else tone = NoTone;
                    if (a) begin
                        nextstate = press_a;
                    // end else if (w) begin
                    //     nextstate = press_w;
                    end else nextdir = 1'd1;
                end

                //a,w,s,e,d,f,t,g,y,h,u,j,k
                default: begin
                    nextstate = press_a;
                    tone = NoTone;
                    nextdir = 1'd1;
                end
            endcase
        end
    end
endmodule